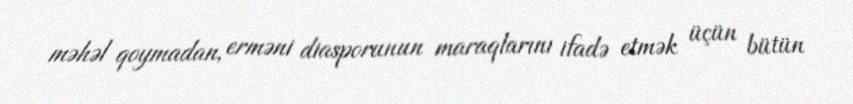
məhəl qoymadan, erməni diasporunun maraqlarını ifadə etmək üçün bütün